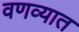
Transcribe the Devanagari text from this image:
वणव्यात